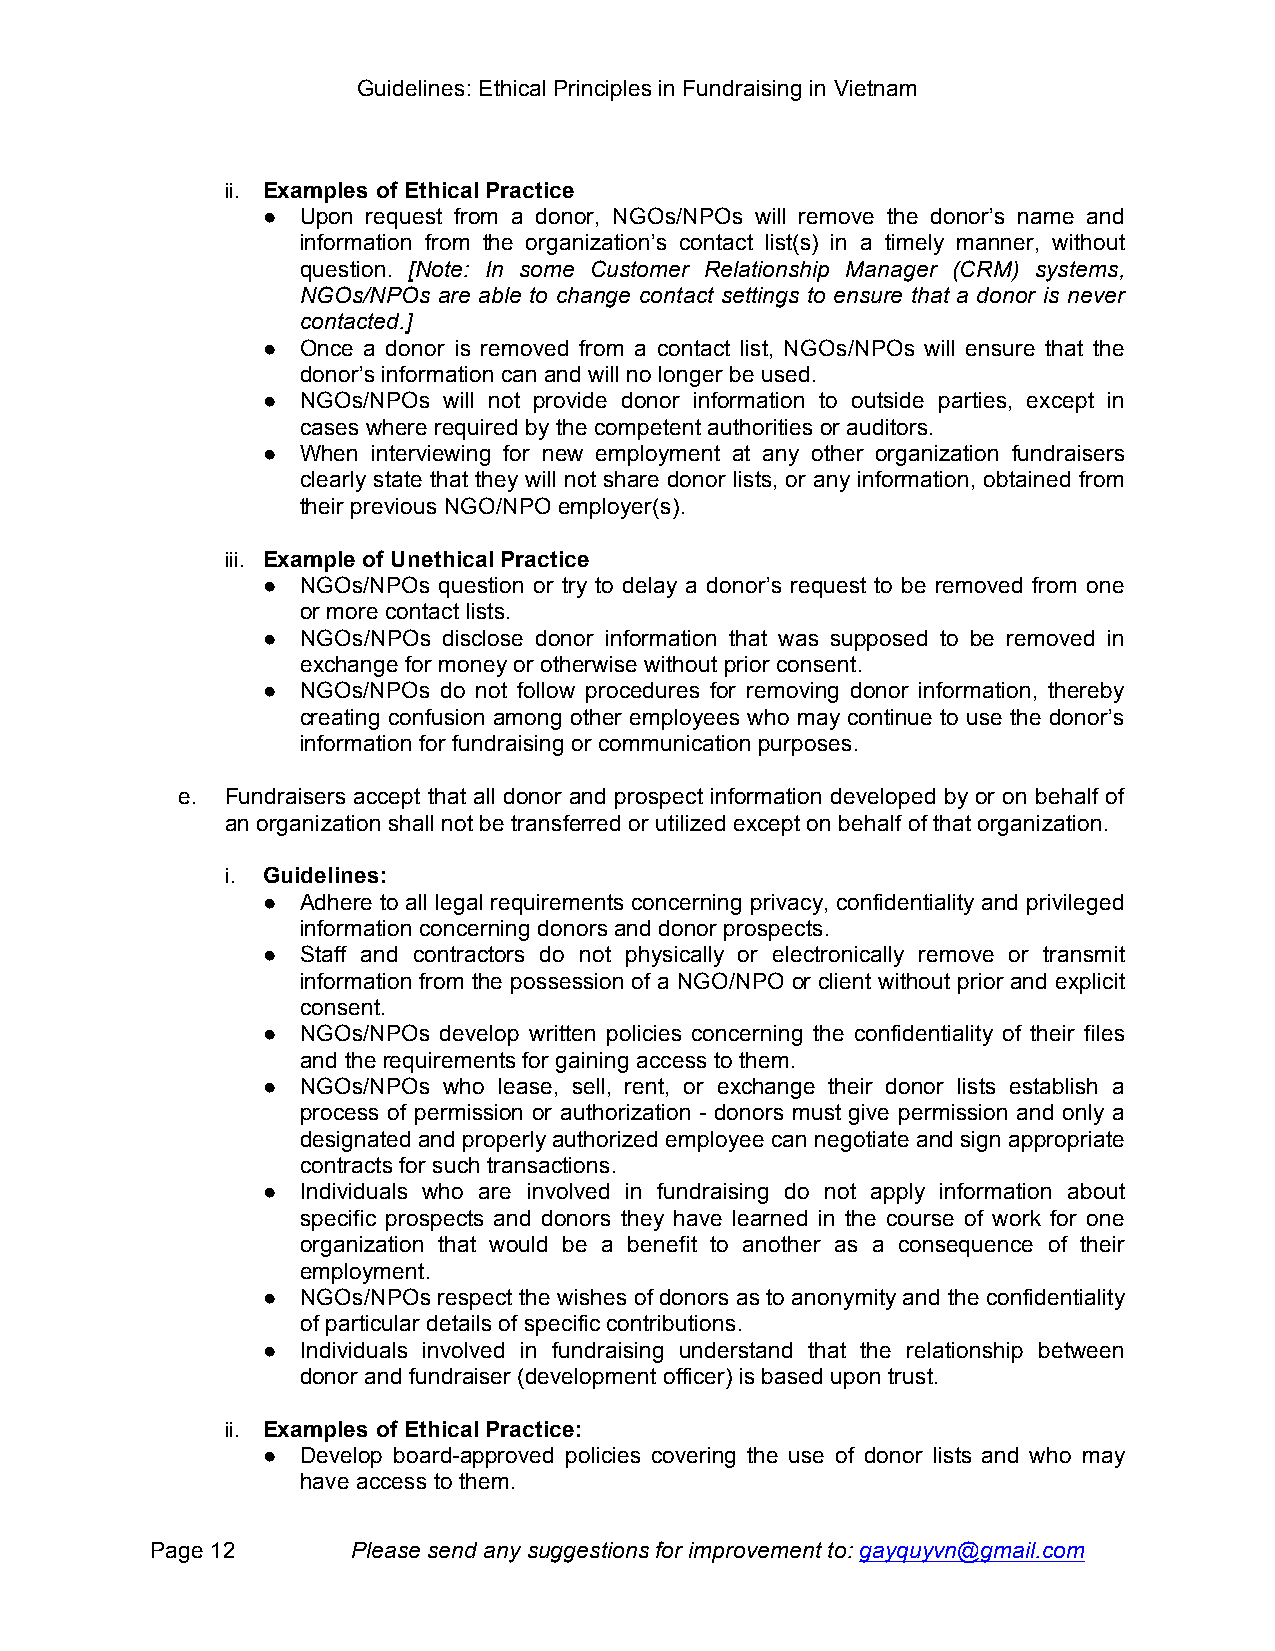
Guidelines: Ethical Principles in Fundraising in Vietnam
 ii. Examples of Ethical Practice
 ●  Upon request from a donor, NGOs/NPOs will remove the donor’s name and
 information from the organization’s contact list(s) in a timely manner, without
 question. [Note: In some Customer Relationship Manager (CRM) systems,
 NGOs/NPOs are able to change contact settings to ensure that a donor is never
 contacted.]
 ●  Once a donor is removed from a contact list, NGOs/NPOs will ensure that the
 donor’s information can and will no longer be used.
 ●  NGOs/NPOs will not provide donor information to outside parties, except in
 cases where required by the competent authorities or auditors.
 ●  When interviewing for new employment at any other organization fundraisers
 clearly state that they will not share donor lists, or any information, obtained from
 their previous NGO/NPO employer(s).
 iii. Example of Unethical Practice
 ●  NGOs/NPOs question or try to delay a donor’s request to be removed from one
 or more contact lists.
 ●  NGOs/NPOs disclose donor information that was supposed to be removed in
 exchange for money or otherwise without prior consent.
 ●  NGOs/NPOs do not follow procedures for removing donor information, thereby
 creating confusion among other employees who may continue to use the donor’s
 information for fundraising or communication purposes.
 e. Fundraisers accept that all donor and prospect information developed by or on behalf of
 an organization shall not be transferred or utilized except on behalf of that organization.
 i. Guidelines:
 ●  Adhere to all legal requirements concerning privacy, confidentiality and privileged
 information concerning donors and donor prospects.
 ●  Staff and contractors do not physically or electronically remove or transmit
 information from the possession of a NGO/NPO or client without prior and explicit
 consent.
 ●  NGOs/NPOs develop written policies concerning the confidentiality of their files
 and the requirements for gaining access to them.
 ●  NGOs/NPOs who lease, sell, rent, or exchange their donor lists establish a
 process of permission or authorization - donors must give permission and only a
 designated and properly authorized employee can negotiate and sign appropriate
 contracts for such transactions.
 ●  Individuals who are involved in fundraising do not apply information about
 specific prospects and donors they have learned in the course of work for one
 organization that would be a benefit to another as a consequence of their
 employment.
 ●  NGOs/NPOs respect the wishes of donors as to anonymity and the confidentiality
 of particular details of specific contributions.
 ●  Individuals involved in fundraising understand that the relationship between
 donor and fundraiser (development officer) is based upon trust.
 ii. Examples of Ethical Practice:
 ●  Develop board-approved policies covering the use of donor lists and who may
 have access to them.
 Page 12      Please send any suggestions for improvement to: gayquyvn@gmail.com